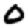
Digit: 0